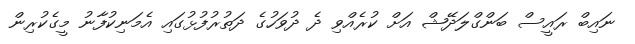
ނައިބް ރައީސް ބަންގްލަދޭޝް އަށް ކުރެއްވި ދެ ދުވަހުގެ ދަތުރުފުޅުގައި އެމަނިކުފާނު މީގެކުރިން